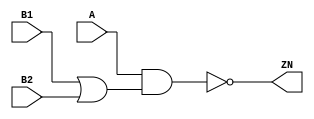
module OAI21_X2 (A, B1, B2, ZN);
  input A;
  input B1;
  input B2;
  output ZN;

  not(ZN, i_8);
  and(i_8, A, i_9);
  or(i_9, B1, B2);


endmodule